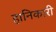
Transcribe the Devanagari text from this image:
हानिकारी